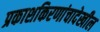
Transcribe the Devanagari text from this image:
प्रकाशकिरणांचादेखील